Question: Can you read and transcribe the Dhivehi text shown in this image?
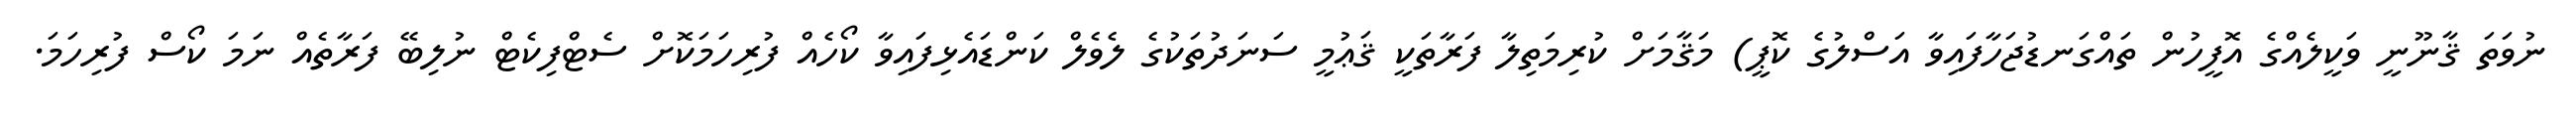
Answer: ނުވަތަ ޤާނޫނީ ވަކީލެއްގެ އޮފީހުން ތައްގަނޑުޖަހާފައިވާ އަސްލުގެ ކޮޕީ) މަޤާމަށް ކުރިމަތިލާ ފަރާތަކީ ޤަޢުމީ ސަނަދުތަކުގެ ލެވެލް ކަންޑައެޅިފައިވާ ކޯހެއް ފުރިހަމަކޮށް ސެޓްފިކެޓް ނުލިބޭ ފަރާތެއް ނަމަ ކޯސް ފުރިހަމަ.